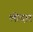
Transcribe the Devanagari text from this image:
लोदार